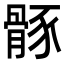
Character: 𩩒